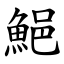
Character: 䱒